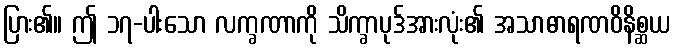
ပြား၏။ ဤ ၁၇-ပါးသော လက္ခဏာကို သိက္ခာပုဒ်အားလုံး၏ အသာဓာရဏဝိနိစ္ဆယ